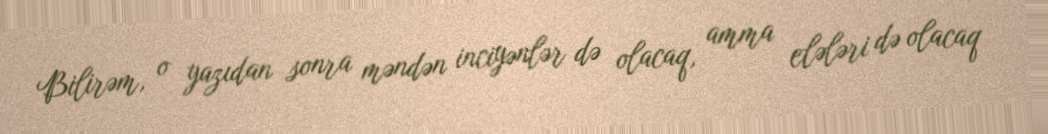
Bilirəm, o yazıdan sonra məndən inciyənlər də olacaq, amma elələri də olacaq